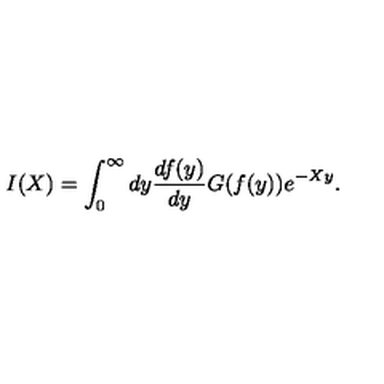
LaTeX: I ( X ) = \int _ { 0 } ^ { \infty } d y \frac { d f ( y ) } { d y } G ( f ( y ) ) e ^ { - X y } .